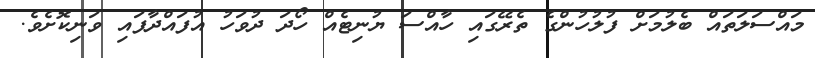
މައްސަލަތައް ބެލުމަށް ފުލުހުންގެ ތެރޭގައި ހާއްސަ ޔުނިޓެއް ހޯދަ ދުވަހު އުފައްދާފައި ވަނިކޮށެވެ.